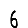
Digit: 6